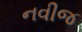
નવીજ